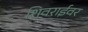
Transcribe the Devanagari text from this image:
शिवराईवर